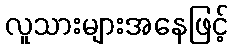
လူသားများအနေဖြင့်